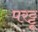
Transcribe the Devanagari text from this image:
परट्टू